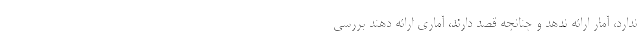
ندارد، آمار ارائه ندهد و چنانچه قصد دارند، آماری ارائه دهند بررسی